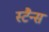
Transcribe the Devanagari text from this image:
स्टैन्स